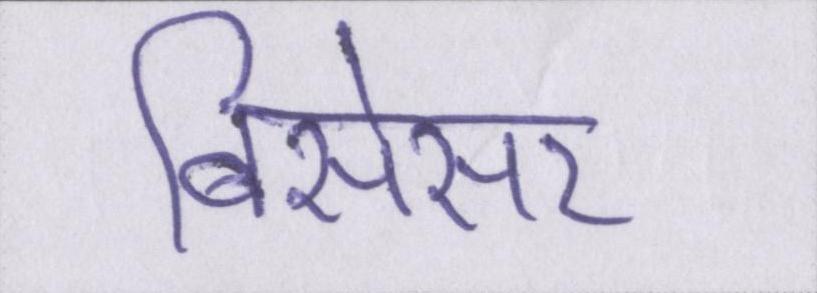
बिसेसर